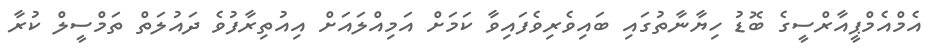
އެމްއެމްޕީއާރްސީގެ ބޮޑު ހިޔާނާތުގައި ބައިވެރިވެފައިވާ ކަމަށް އަމިއްލައަށް އިއުތިރާފުވެ ދައުލަތް ތަމްސީލް ކުރާ